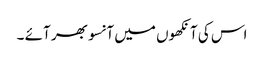
اس کی آنکھوں میں آنسو بھر آئے ۔